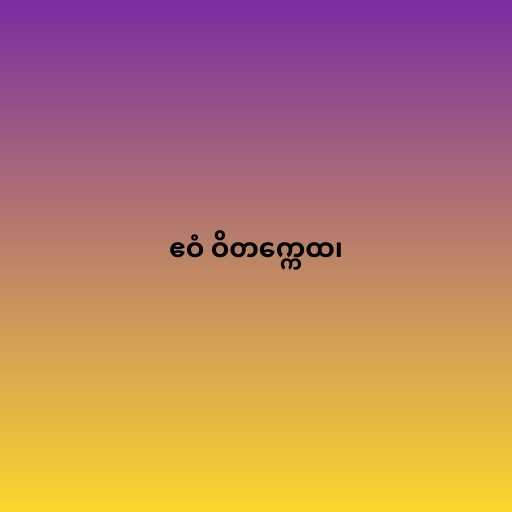
ဧဝံ ဝိတက္ကေထ၊